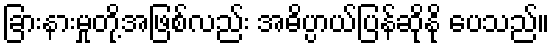
ခြားနားမှုတို့အဖြစ်လည်း အဓိပ္ပာယ်ပြန်ဆိုနို ပေသည်။